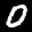
Label: 0